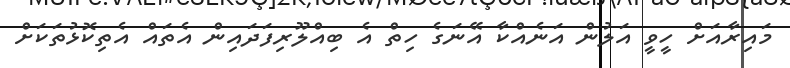
މައިރާއަށް ހީވީ އަލުން އަނެއްކާ އޭނަގެ ހިތް އެ ބިއްލޫރިފަދައިން އެތައް އެތިކޮޅުތަކަށް